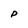
Character: P